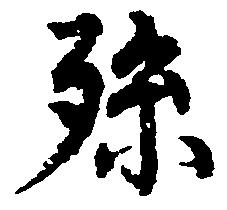
孫